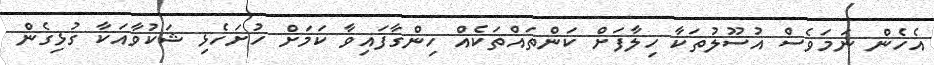
އެހެން ނަމަވެސް އުސޫލުތަކާ ހިލާފަށް ކަންތައްތަކެއް ހިންގާފައިވާ ކަމަށް ހުށަހެޅި ޝަކުވާއަކާ ގުޅިގެން